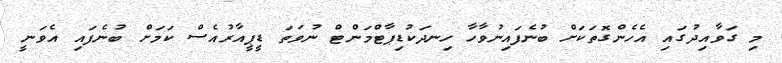
މި ގަވާއިދުގައި އެހެންގޮތަކަށް ބުނެފައިނުވާހާ ހިނދަކުޑިޕާޓްމަންޓް ނުވަތަ ޑީޕީއާރުއެސް ކަމަށް ބުނެފައި އެވަނީ